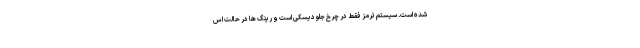
شده است. سیستم ترمز فقط در چرخ جلو دیسکی است و رینگ ها در حالت اس